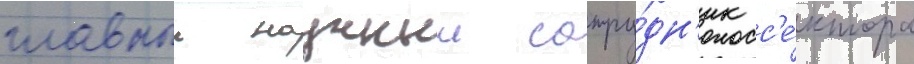
главныи научныи сотру́дн'ик с'е́ктора